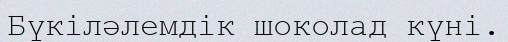
Бүкiләлемдiк шоколад күнi.